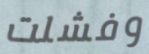
وفشلت